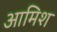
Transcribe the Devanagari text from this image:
आमिश